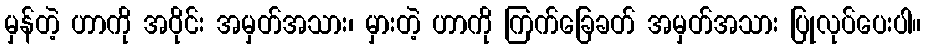
မှန်တဲ့ ဟာကို အဝိုင်း အမှတ်အသား၊ မှားတဲ့ ဟာကို ကြက်ခြေခတ် အမှတ်အသား ပြုလုပ်ပေးပါ။